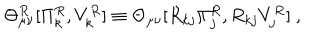
\Theta _ { \mu \nu } ^ { R } [ \Pi _ { k } ^ { R } , V _ { k } ^ { R } ] \equiv \Theta _ { \mu \nu } [ R _ { k j } \Pi _ { j } ^ { R } , R _ { k j } V _ { j } ^ { R } ] ~ ,